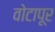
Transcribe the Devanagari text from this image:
वोटापूर